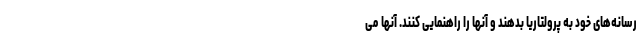
رسانه‌های خود به پرولتاریا بدهند و آنها را راهنمایی كنند. آنها می